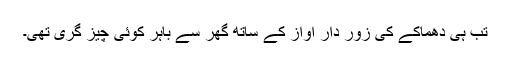
تب ہی دھماکے کی زور دار آواز کے ساتھ گھر سے باہر کوئی چیز گری تھی۔